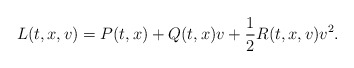
\begin{align*}L(t, x,v)=P(t, x) +Q(t, x) v +\frac{1}{2} R(t, x, v) v^{2}.\end{align*}